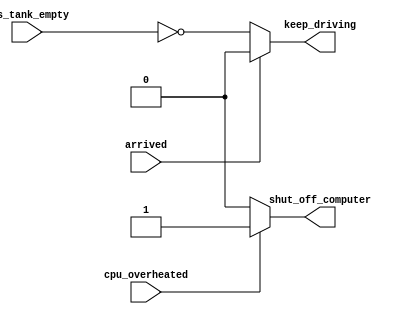
module mst_1 (
    input      cpu_overheated,
    output reg shut_off_computer,
    input      arrived,
    input      gas_tank_empty,
    output reg keep_driving
);

    always @(*) begin
        if (cpu_overheated) begin
            shut_off_computer = 1'b1;
        end
        else begin
            shut_off_computer = 1'b0;
        end
    end

    always @(*) begin
        if (~arrived) begin
            keep_driving = ~gas_tank_empty;
        end
        else begin
            keep_driving = 1'b0;
        end
    end

endmodule